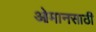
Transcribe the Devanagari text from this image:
ओमानसाठी